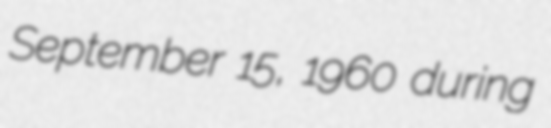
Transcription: September 15, 1960 during